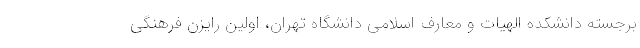
برجسته دانشکده الهیات و معارف اسلامی دانشگاه تهران، اولین رایزن فرهنگی